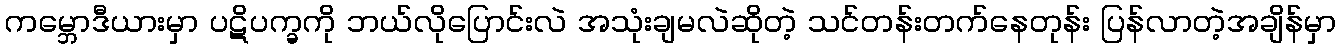
ကမ္ဘောဒီယားမှာ ပဋိပက္ခကို ဘယ်လိုပြောင်းလဲ အသုံးချမလဲဆိုတဲ့ သင်တန်းတက်နေတုန်း ပြန်လာတဲ့အချိန်မှာ